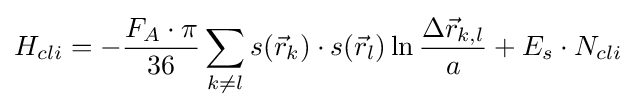
H_{cli}=-{\frac {F_{A}\cdot \pi }{36}}\sum _{k\neq l}s({\vec {r}}_{k})\cdot s({\vec {r}}_{l})\ln {\frac {\Delta {\vec {r}}_{k,l}}{a}}+E_{s}\cdot N_{cli}